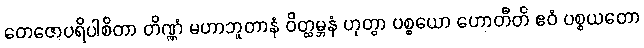
တေဇောပရိပါစိတာ တိဏ္ဏံ မဟာဘူတာနံ ဝိတ္ထမ္ဘနံ ဟုတွာ ပစ္စယော ဟောတီတိ ဧဝံ ပစ္စယတော